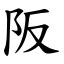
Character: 阪